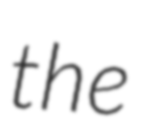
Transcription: the